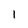
Character: 1